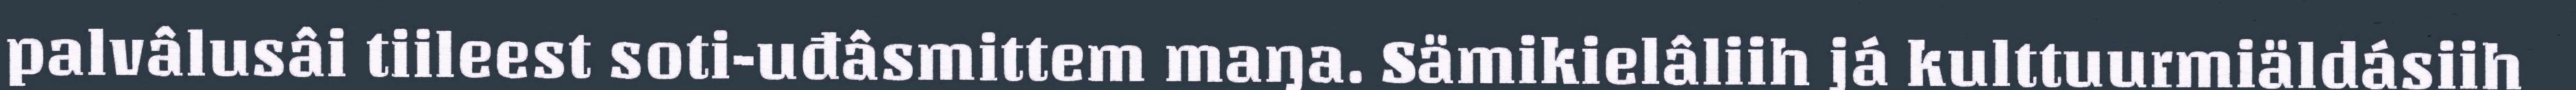
palvâlusâi tiileest soti-uđâsmittem maŋa. Sämikielâliih já kulttuurmiäldásiih